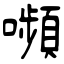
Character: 嚬